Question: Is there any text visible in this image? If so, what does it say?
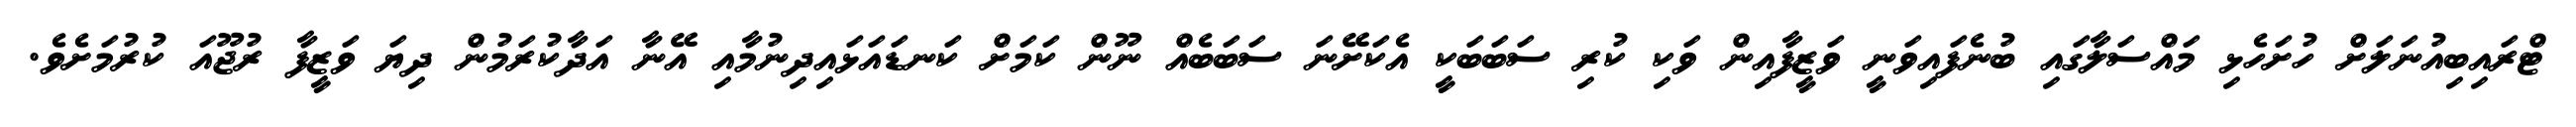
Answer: ޓްރައިބިއުނަލަށް ހުށަހެޅި މައްސަލާގައި ބުނެފައިވަނީ ވަޒީފާއިން ވަކި ކުރި ސަބަބަކީ އެކަށޭނަ ސަބަބެއް ނޫން ކަމަށް ކަނޑައަޅައިދިނުމާއި އޭނާ އަދާކުރަމުން ދިޔަ ވަޒީފާ ރުޖޫއަ ކުރުމަށެވެ.